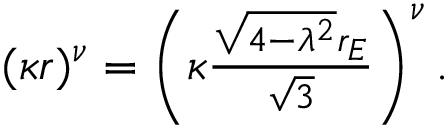
\begin{array} { r } { ( \kappa r ) ^ { \nu } = \left( \kappa \frac { \sqrt { 4 - \lambda ^ { 2 } } r _ { E } } { \sqrt { 3 } } \right) ^ { \nu } . } \end{array}